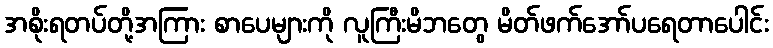
အစိုးရတပ်တို့အကြား စာပေများကို လူကြီးမိဘတွေ မိတ်ဖက်အော်ပရေတာပေါင်း